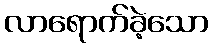
လာရောက်ခဲ့သော